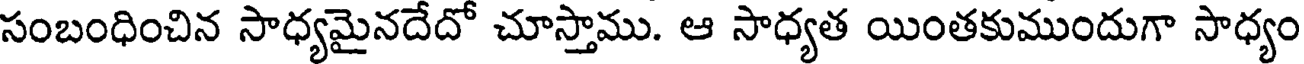
సంబంధించిన సాధ్యమైనదేదో చూస్తాము. ఆ సాధ్యత యింతకుముందుగా సాధ్యం